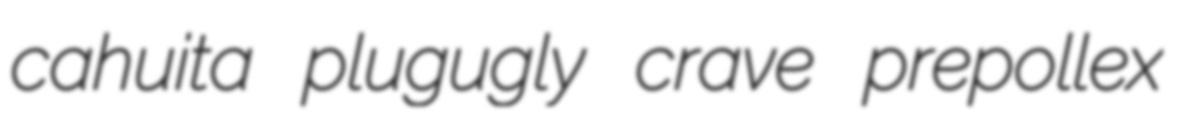
cahuita plugugly crave prepollex